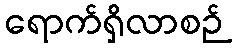
ရောက်ရှိလာစဉ်